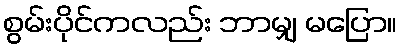
စွမ်းပိုင်ကလည်း ဘာမျှ မပြော။